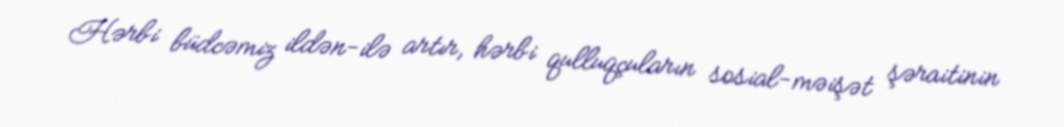
Hərbi büdcəmiz ildən-ilə artır, hərbi qulluqçuların sosial-məişət şəraitinin